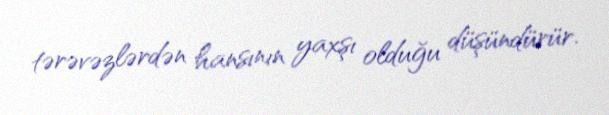
tərəvəzlərdən hansının yaxşı olduğu düşündürür.